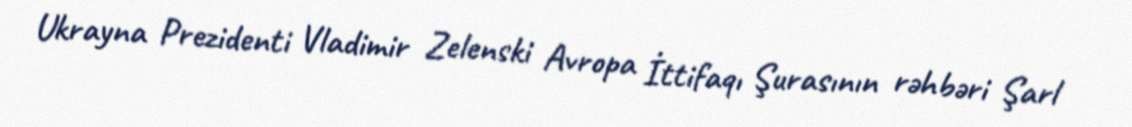
Ukrayna Prezidenti Vladimir Zelenski Avropa İttifaqı Şurasının rəhbəri Şarl